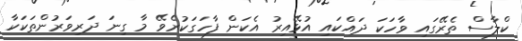
ކްލާސް ތެރޭގައި ވާހަކަ ދައްކައި އުޅޭއިރު އެކަން ފާހަގަކުރެވޭ މާ ގިނަ ދަރިވަރުންތަކަކާ